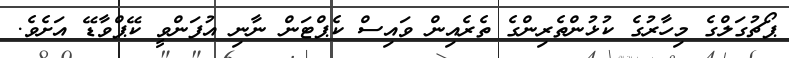
ޕޯޗުގަލްގެ މިހާރުގެ ކުޅުންތެރިންގެ ތެރެއިން ވައިސް ކެޕްޓަން ނާނި އުފަންވީ ކޭޕްވާޑޭ އަށެވެ.